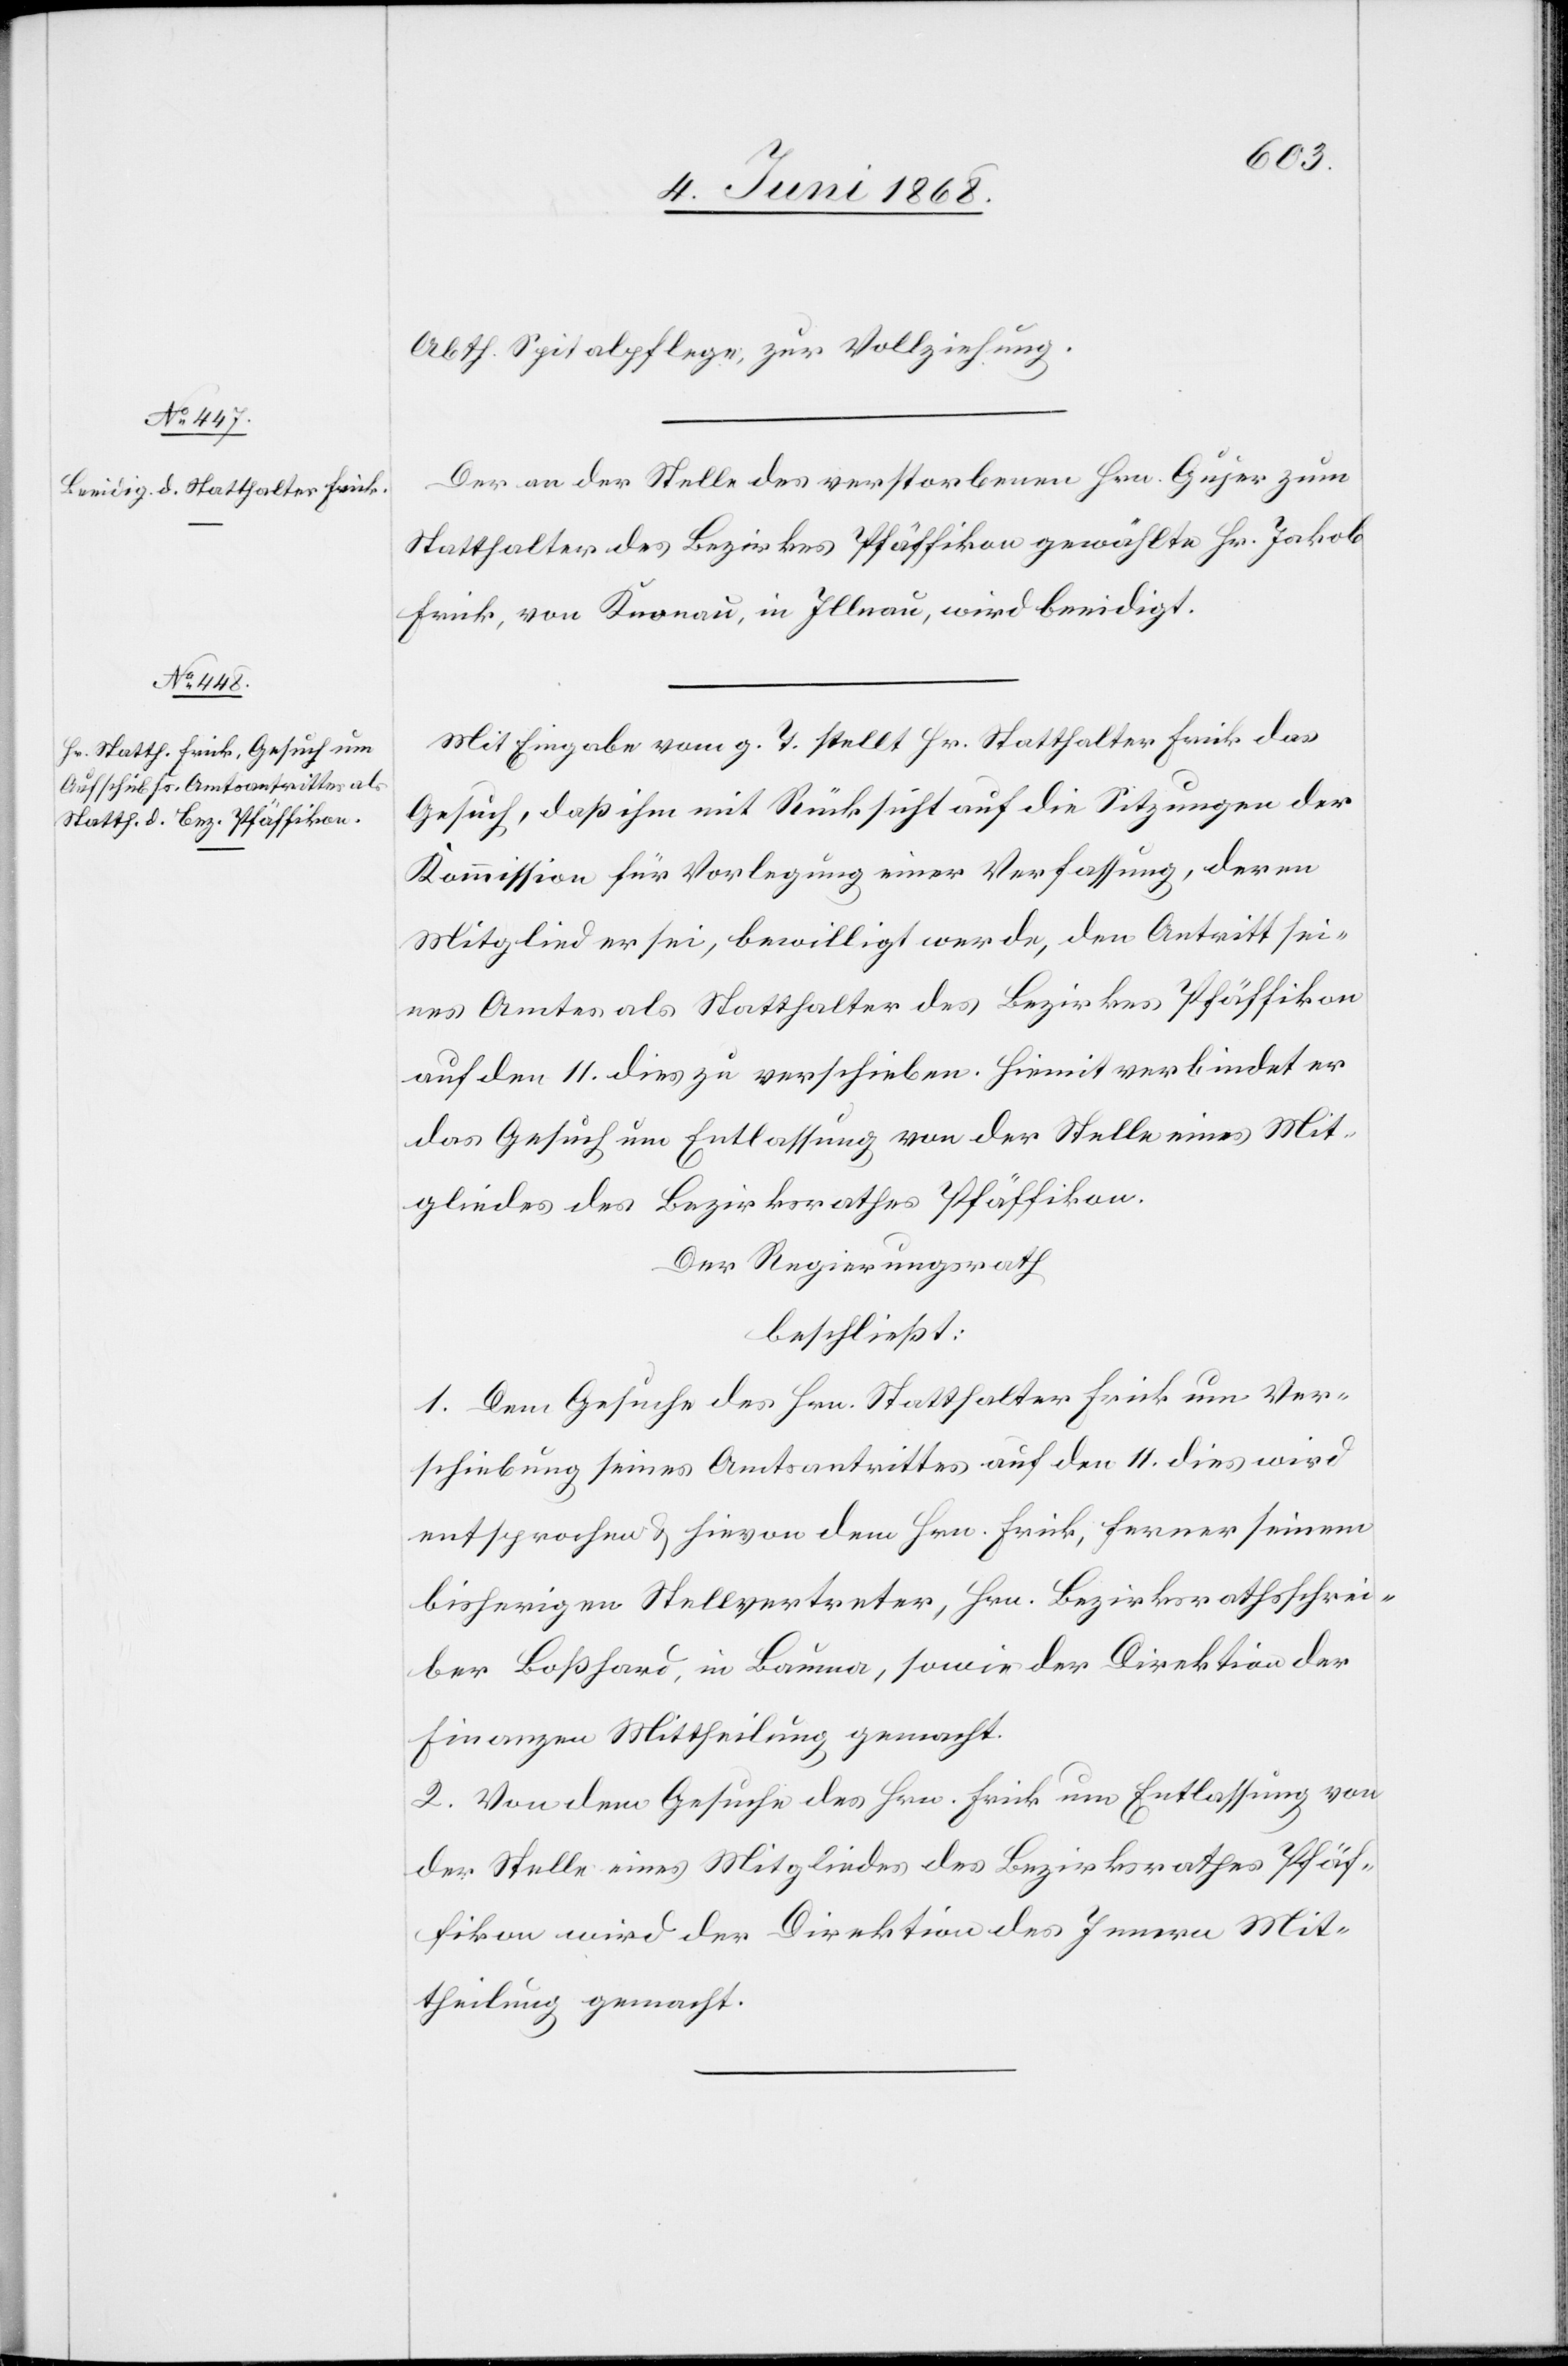
Abth. Spitalpflege, zur Vollziehung.
Der an der Stelle des verstorbenen Hrn. Gujer zum
Statthalter des Bezirkes Pfäffikon gewählte Hr. Jakob
Frick, von Knonau, in Illnau, wird beeidigt.
Mit Eingabe vom g. T. stellt Hr. Statthalter Frick das
Gesuch, daß ihm mit Rücksicht auf die Sitzungen der
Kommission für Vorlegung einer Verfassung, deren
Mitglied er sei, bewilligt werde, den Antritt sei¬
nes Amtes als Statthalter des Bezirkes Pfäffikon
auf den 11. dies zu verschieben. Hiemit verbindet er
das Gesuch um Entlassung von der Stelle eines Mit¬
gliedes des Bezirksrathes Pfäffikon.
Der Regierungsrath
beschließt:
1. Dem Gesuche des Hrn. Statthalter Frick um Ver¬
schiebung seines Amtsantrittes auf den 11. dies wird
entsprochen & hievon dem Hrn. Frick, ferner seinem
bisherigen Stellvertreter, Hrn. Bezirksrathsschrei¬
ber Boßhard, in Bauma, sowie der Direktion der
Finanzen Mittheilung gemacht.
2. Von dem Gesuche des Hrn. Frick um Entlassung von
der Stelle eines Mitgliedes des Bezirksrathes Pfäf¬
fikon wird der Direktion des Innern Mit¬
theilung gemacht.